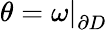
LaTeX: \theta=\left.\omega\right|_{\partial D}